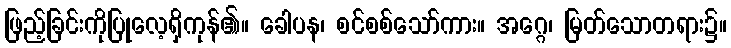
ဖြည့်ခြင်းကိုပြုလေ့ရှိကုန်၏။ ခေါပန၊ စင်စစ်သော်ကား။ အဂ္ဂေ၊ မြတ်သောတရား၌။